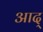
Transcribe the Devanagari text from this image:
आद्